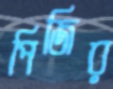
পিজির